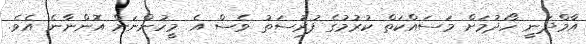
އާމްދަނީ ހޯދުމަށް މަސައްކަތް ކުރުމުގެ ފުރުސަތު ވެސް އެ މީހުންނަށް އޮންނާނެ އެވެ.